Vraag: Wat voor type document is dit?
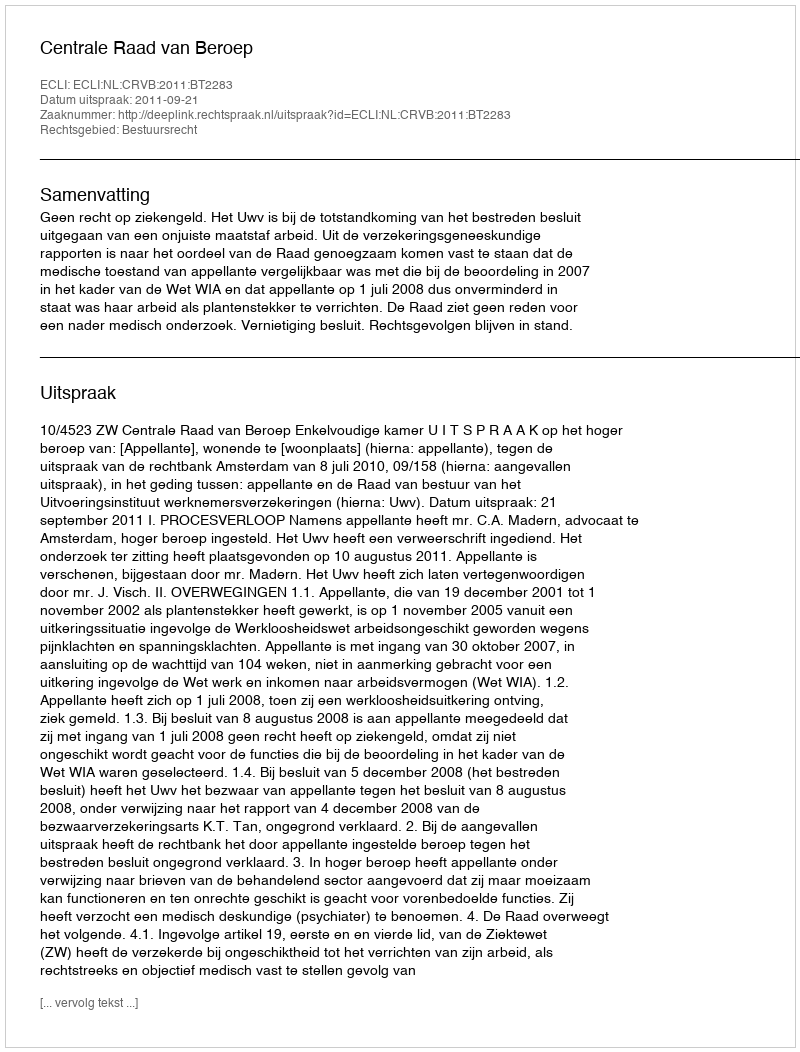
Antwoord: Uitspraak